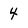
Character: 4